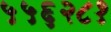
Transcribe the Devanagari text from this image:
५५६२८१